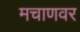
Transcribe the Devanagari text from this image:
मचाणवर